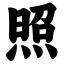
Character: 照